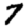
Digit: 7